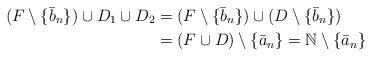
LaTeX: \begin{align*}(F \setminus \{\bar{b}_n\})\cup D_1 \cup D_2 &= (F \setminus \{\bar{b}_n\}) \cup (D \setminus \{\bar{b}_n\})\\&= (F \cup D)\setminus \{\bar{a}_n\} = \mathbb{N}\setminus \{\bar{a}_n\}\end{align*}